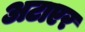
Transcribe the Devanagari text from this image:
अटाएर